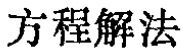
方程解法